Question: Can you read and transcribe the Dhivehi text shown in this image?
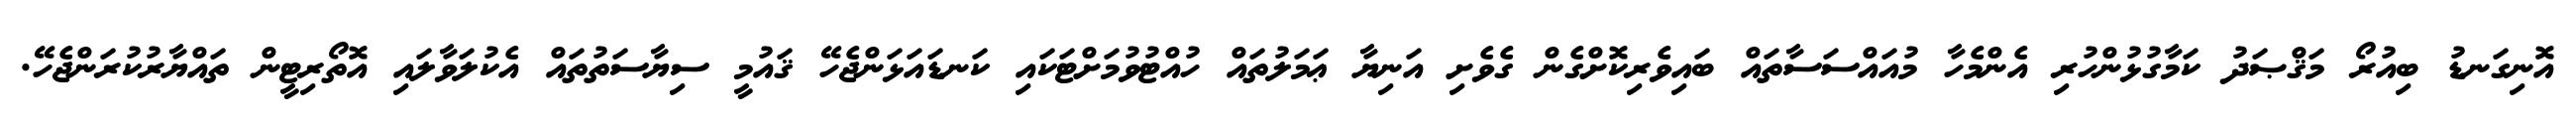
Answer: އޮނިގަނޑު ބިއުރޯ މަޤްޞަދު ކަމާގުޅުންހުރި އެންމެހާ މުއައްސަސާތައް ބައިވެރިކޮށްގެން ގެވެށި އަނިޔާ ޢަމަލުތައް ހުއްޓުވުމަށްޓަކައި ކަނޑައަޅަންޖެހޭ ޤައުމީ ސިޔާސަތުތައް އެކުލަވާލައި އޮތޯރިޓީން ތައްޔާރުކުރަންޖެހޭ.